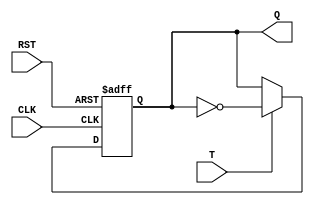
module t_flip_flop (
    input T,
    input CLK,
    input RST,
    output reg Q
);

always @(posedge CLK, posedge RST)
begin
    if (RST)
        Q <= 1'b0;
    else if (T)
        Q <= ~Q;
end

endmodule